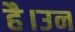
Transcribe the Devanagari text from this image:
है।उन